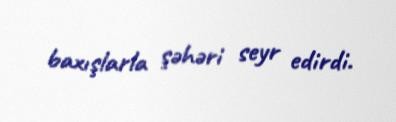
baxışlarla şəhəri seyr edirdi.